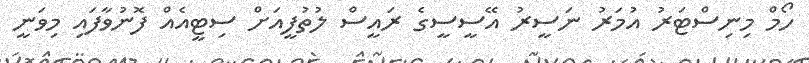
ހޯމް މިނިސްޓަރު އުމަރު ނަސީރު އޭސީސީގެ ރައީސް ލުތުފީއަށް ސިޓީއެއް ފޮނުވާފައި މިވަނީ